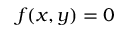
f ( x , y ) = 0 \,